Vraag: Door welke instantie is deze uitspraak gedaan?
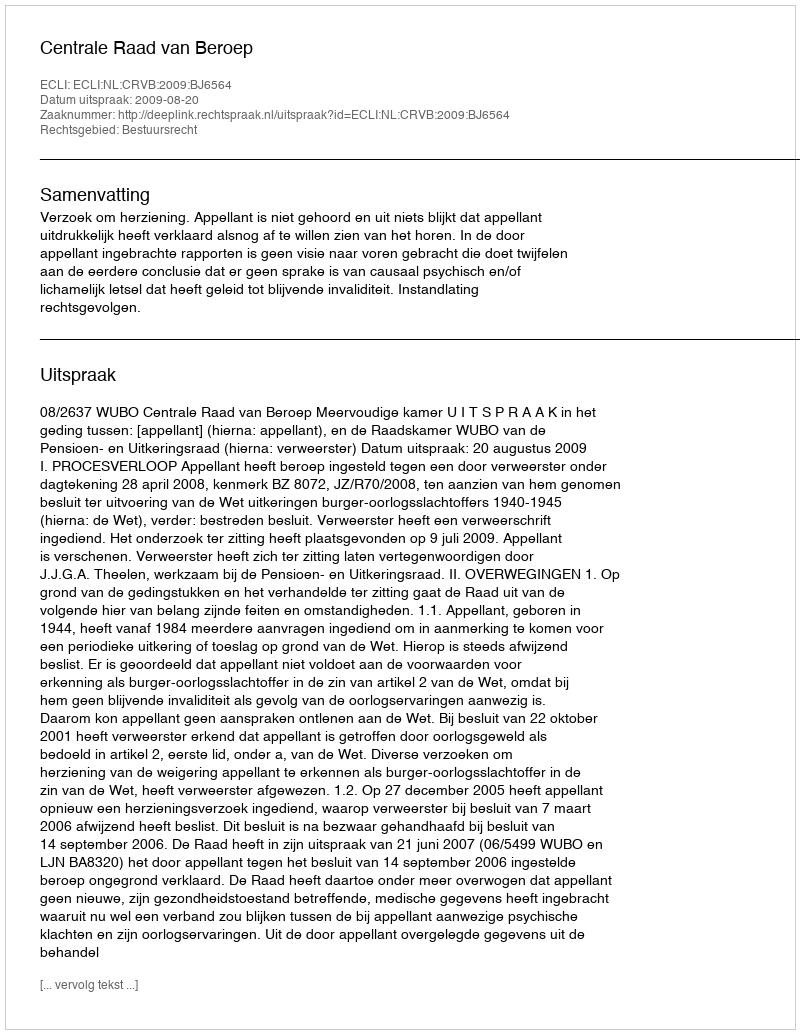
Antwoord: Centrale Raad van Beroep